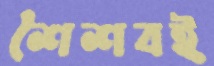
শৈশবই